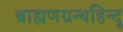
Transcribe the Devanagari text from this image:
ब्राह्मणग्रन्थहिन्दू